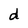
Character: d